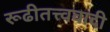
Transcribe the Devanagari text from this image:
रूढीतत्त्ववादी